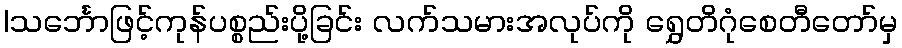
|သင်္ဘောဖြင့်ကုန်ပစ္စည်းပို့ခြင်း လက်သမားအလုပ်ကို ရွှေတိဂုံစေတီတော်မှ